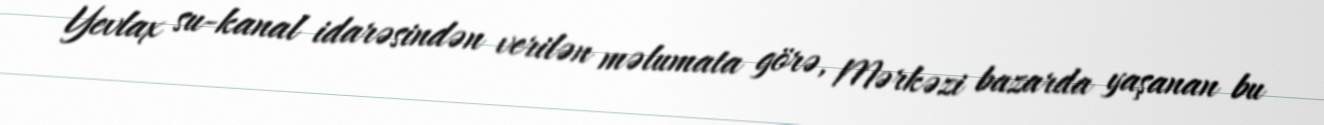
Yevlax su-kanal idarəsindən verilən məlumata görə, Mərkəzi bazarda yaşanan bu